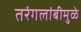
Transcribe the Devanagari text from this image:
तरंगलांबीमुळे